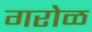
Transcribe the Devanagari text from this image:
गरोळ